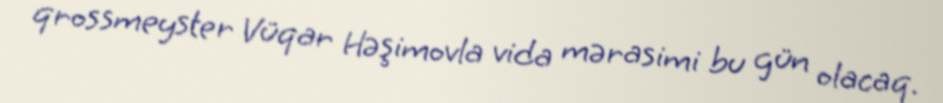
qrossmeyster Vüqar Həşimovla vida mərasimi bu gün olacaq.